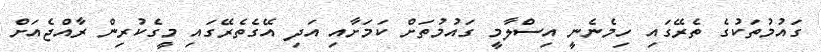
ގައުމުތަކުގެ ތެރޭގައި ހިމެނެނީ އިސްލާމީ ގައުމުތަށް ކަމަށާއި އަދި އޭގެތެރޭގައި މީގެކުރިން ރާއްޖެއަށް